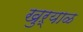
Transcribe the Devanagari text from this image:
खुऱ्‍याळ